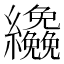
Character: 𦇿